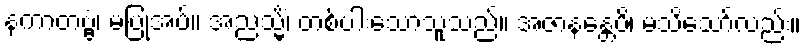
နကာတဗ္ဗံ၊ မပြုအပ်။ အညသ္မိံ၊ တစ်ပါးသောသူသည်။ အဇာနန္တေပိ၊ မသိသော်လည်း။